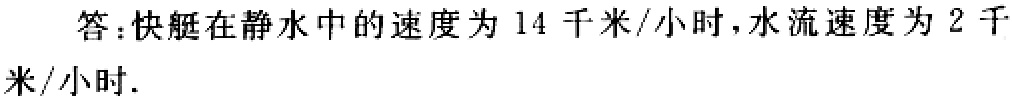
答：快艇在静水中的速度为 \(14\) 千米/小时，水流速度为 \(2\) 千米/小时.